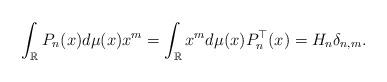
LaTeX: \begin{align*}\int_{\mathbb{R}}P_n(x)d\mu(x)x^m=\int_{\mathbb{R}}x^m d\mu(x)P_n^\top(x)=H_n\delta_{n,m}.\end{align*}